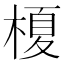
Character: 榎